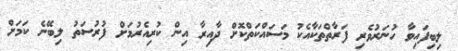
ލިބިފައިވާ ހުނަރުވެރި ފަރާތްތަކާއެކު މަސައްކަތްކޮށް ދާއިރާ އިން ކުރިއެރުމަށް ފުރުސަތު ލިބޭނެ ކަމަށް